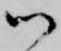
御